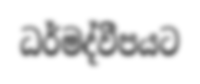
ධර්මද්වීපයට